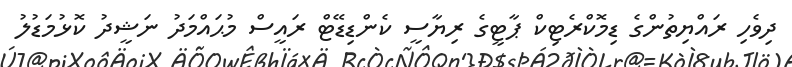
ދިވެހި ރައްޔިތުންގެ ޑިމޮކްރެޓިކް ޕާޓީގެ ރިޔާސީ ކެންޑިޑޭޓް ރައީސް މުޙައްމަދު ނަޝީދު ކޮޅުމަޑުލު